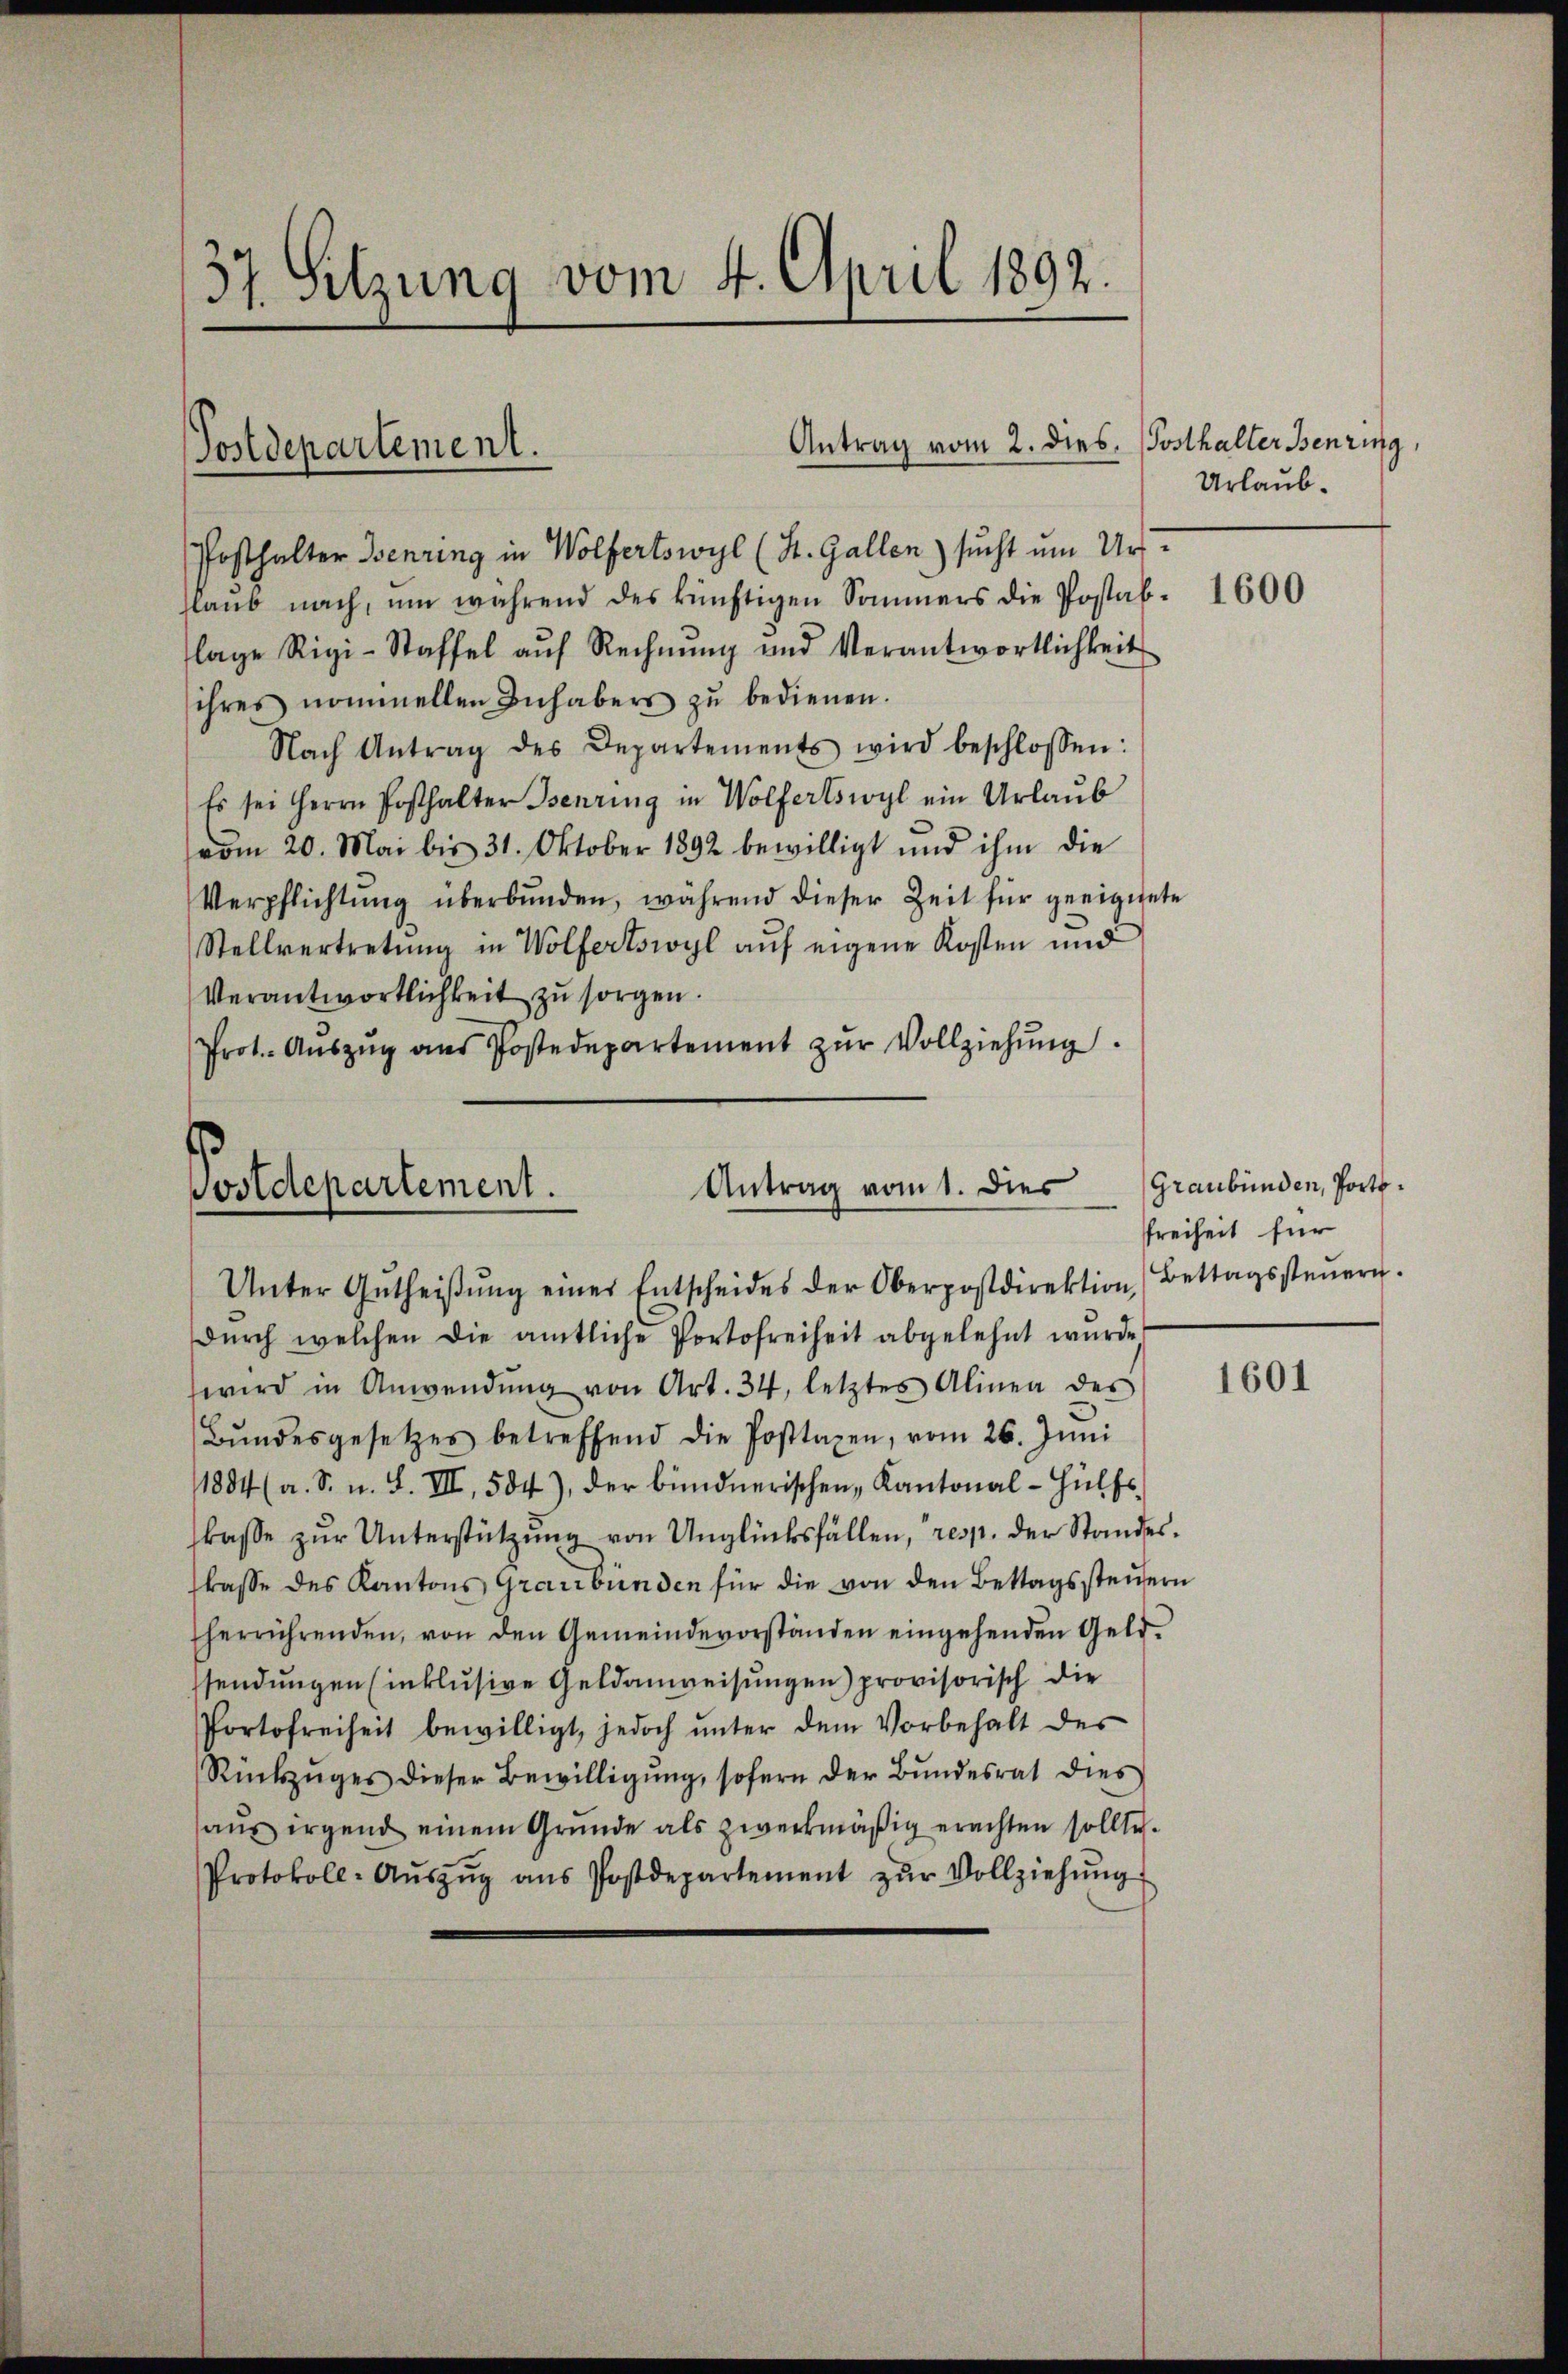
37. Sitzung vom 4. April 1892.

Posthalter Henring in Wolfertswyl (St. Gallen) sucht um Urslaub nach, um während des künftigen Sommers die Postablage Rigi-Staffel aŭf Rechnŭng und Verantwortlichkeit
ihres nommellen Inhabers zŭ bedienen.
Nach Antrag des Departements wird beschlossen:
Es sei Herrn Posthalter Benring in Wolfertswyl ein Urlaub
vom 20. Mai bis 31. Oktober 1892 bewilligt und ihm die
Verpflichtŭng überbŭnden, während dieser Zeit für geeignete
Stellvertretŭng in Wolfertswyl aŭf eigene Kosten und
Verantwortlichkeit zu sorgen.
Prot. Aŭszŭg ans Postdepartement zŭr Vollziehŭng.

Postdepartement.

Unter Gŭtheiβŭng einer Entscheides der Oberpostdirektion,
dŭrch welchen die amtliche Portofreiheit abgelehnt wurde
wird in Anwendŭng von Art. 34, letztes Alinea des
Bŭndesgesetzes betreffend die Posttaxen, vom 26. Jŭni
1884 (a. S. n. F. VII, 504), der bündnerischen Kantonal-Hülfs
kasse zŭr Unterstützung von Unglücksfällen, resp. der Standeslasse des Kantons Graubünden für die von den Bettagsstendern
herrührenden, von den Gemeindevorständen eingehenden Geld-
sendungen (inklŭsive Geldanweisungen) provisorisch die
Portofreiheit bewilligt, jedoch ŭnter dem Vorbehalt der
Rückzŭges dieser Bewilligŭng, sofern der Bŭndesrat dies
aŭs irgend einem Gründe als zweckmäßig erachten sollte.
Protokoll-Aŭszŭg ans Postdepartement zŭr Vollziehŭng

Antrag vom 1. Dies
Postdepartement.

Posthalter Benzing
Urlaub.

1600

Graubünden, Porte.
Freiheit für
Bettagssteuern.

1601